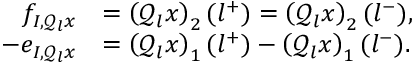
\begin{array} { r l } { f _ { I , \mathcal { Q } _ { l } x } } & { = \left( \mathcal { Q } _ { l } x \right) _ { 2 } ( l ^ { + } ) = \left( \mathcal { Q } _ { l } x \right) _ { 2 } ( l ^ { - } ) , } \\ { - e _ { I , \mathcal { Q } _ { l } x } } & { = \left( \mathcal { Q } _ { l } x \right) _ { 1 } ( l ^ { + } ) - \left( \mathcal { Q } _ { l } x \right) _ { 1 } ( l ^ { - } ) . } \end{array}